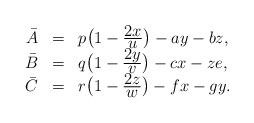
LaTeX: \begin{align*}\begin{array}{rcl}\bar{A} &=& p \big(1-\frac{ \displaystyle 2x}{ \displaystyle u} \big)-ay-bz, \\ \bar{B} &=& q \big(1-\frac{ \displaystyle 2y}{ \displaystyle v} \big)-cx-ze, \\ \bar{C} &=& r \big(1-\frac{ \displaystyle 2z}{ \displaystyle w} \big)-fx-gy. \end{array}\end{align*}